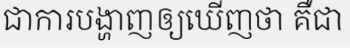
ជាការបង្ហាញឲ្យឃើញថា គឺជា